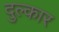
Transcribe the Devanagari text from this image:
दुल्कार